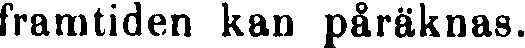
framtiden kan påräknas.